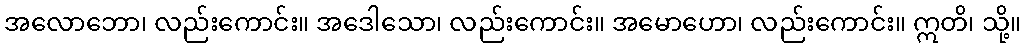
အလောဘော၊ လည်းကောင်း။ အဒေါသော၊ လည်းကောင်း။ အမောဟော၊ လည်းကောင်း။ ဣတိ၊ သို့။